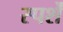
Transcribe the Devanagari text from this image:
स्पर्शें